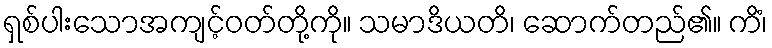
ရှစ်ပါးသောအကျင့်ဝတ်တို့ကို။ သမာဒိယတိ၊ ဆောက်တည်၏။ ကိံ၊